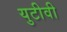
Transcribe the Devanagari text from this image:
युटीवी